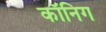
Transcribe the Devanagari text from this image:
कॉनिग